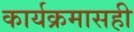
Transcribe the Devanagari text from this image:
कार्यक्रमासही